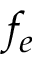
f _ { e }